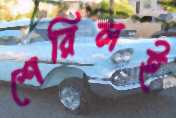
শেরিলই